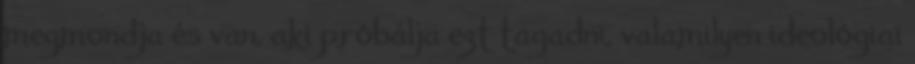
megmondja és van, aki próbálja ezt tagadni, valamilyen ideológiai